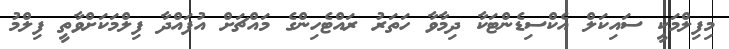
މިފިލްމަކީ ސައިކަލް އެކްސިޑެންޓަކާ ދިމާވާ ހަތަރު ރައްޓެހިންގެ މައްޗަށް އުފައްދާ ފިލްމަކަށްވާތީ ފިލްމު